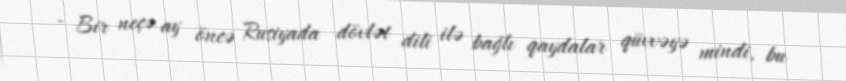
- Bir neçə ay öncə Rusiyada dövlət dili ilə bağlı qaydalar qüvvəyə mindi, bu